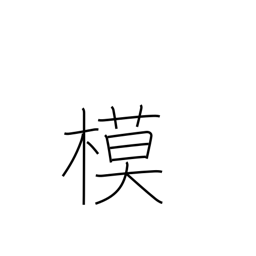
Meaning: mock